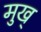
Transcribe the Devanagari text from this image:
मुख्